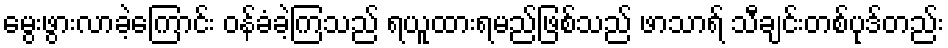
မွေးဖွားလာခဲ့ကြောင်း ဝန်ခံခဲ့ကြသည် ရယူထားရမည်ဖြစ်သည် ဖာသာရ် သီချင်းတစ်ပုဒ်တည်း